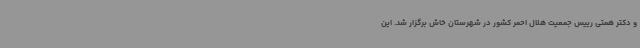
و دکتر همتی رییس جمعیت هلال احمر کشور در شهرستان خاش برگزار شد. این